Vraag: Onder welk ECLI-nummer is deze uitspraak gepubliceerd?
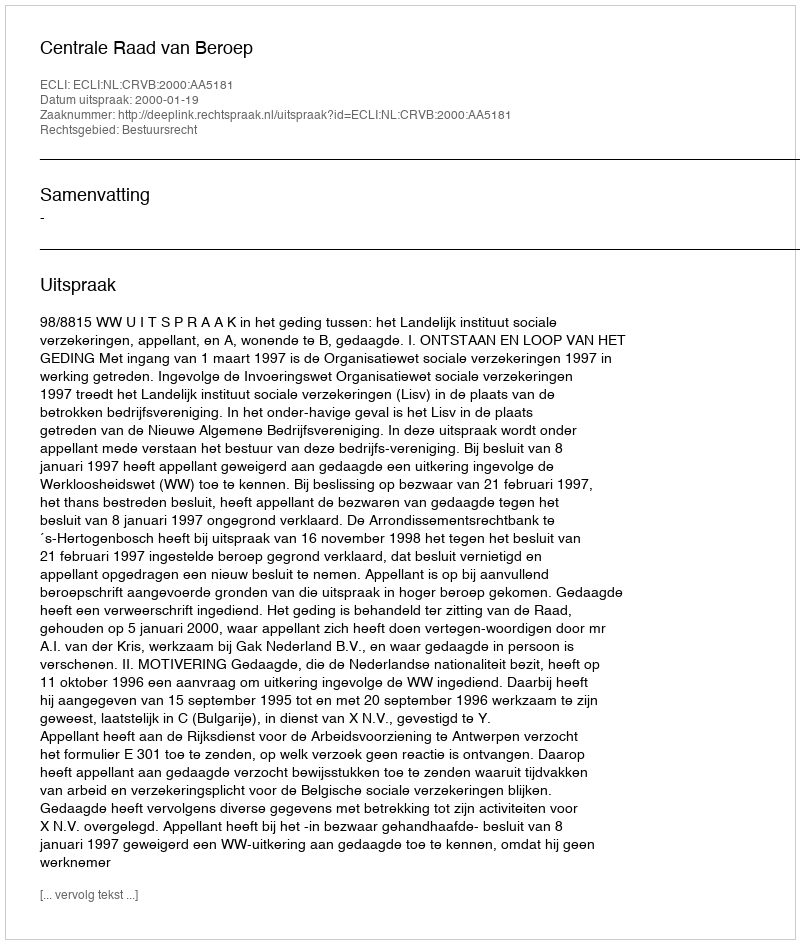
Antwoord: ECLI:NL:CRVB:2000:AA5181